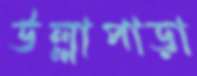
উল্লাপাড়া